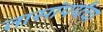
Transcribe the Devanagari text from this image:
तासांपर्यंचा